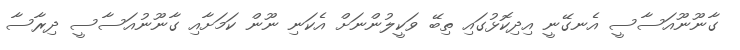
ގާނޫނޫއަސާސީ އެނގޭނީ އިދިކޮޅުގައި ތިބޭ ވަކީލުންނަށް އެކަނި ނޫން ކަމަށާއި ގާނޫނުއަސާސީ ދިރާސާ